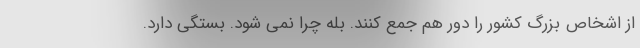
از اشخاص بزرگ کشور را دور هم جمع کنند. بله چرا نمی شود. بستگی دارد.